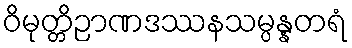
ဝိမုတ္တိဉာဏဒဿနသမ္ပန္နတရံ